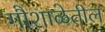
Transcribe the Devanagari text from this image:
गौशाळेतील